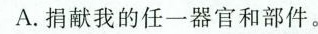
A.捐我的任一器官和部件。